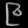
Digit: ၉